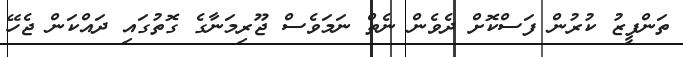
ތަންފީޒު ކުރުން ފަސްކޮށް ދެވެން ނެތް ނަމަވެސް ޖޫރިމަނާގެ ގޮތުގައި ދައްކަން ޖެހޭ